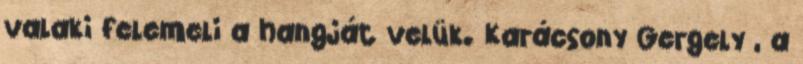
valaki felemeli a hangját velük. Karácsony Gergely , a